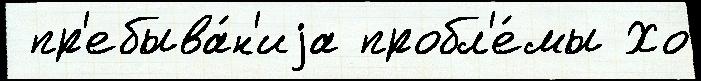
 пр'ебыва́н'иjа пробл'е́мы Хо